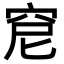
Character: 𥥕